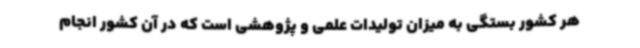
هر کشور بستگی به میزان تولیدات علمی و پژوهشی است که در آن کشور انجام